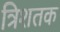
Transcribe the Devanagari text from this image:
त्रिशतक